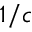
1 / c